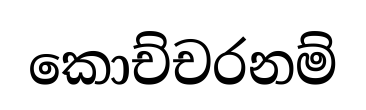
කොච්චරනම්